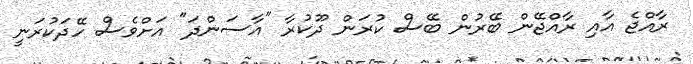
ރާއްޖެ އާއި ރާއްޖޭން ބޭރުން ބޭސް ކުރަން ދޫކުރާ "އާސަންދަ" އަށްވެސް ހޭދަކުރަނީ